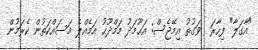
"އާގަލާ" ފިހާރަ  ވަގުތު އިމޭޖެސް: އަޙޫމަދު މަމްދޫޙު އަމެއްލެ މަސައްކަތުން ކެރަމުން